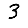
Digit: 3